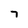
Character: 7